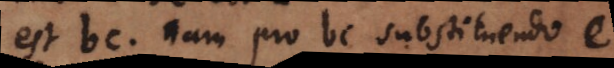
est bc. Nam pro bc substituendo e